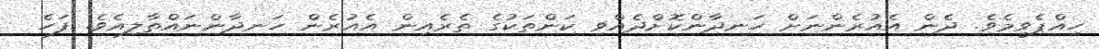
ހިއްޕެވީމެވެ. ދެން އެއުރެންނަށް ހަނދާންކޮށްދެއްވި ކަންތަކުގެ ތެރެއިން އެއުރެން ހަނދާންނައްތާލިއެވެ. ފަހެ